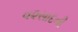
વ૨સાદની